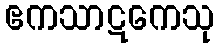
ဧကသာဋကေသု